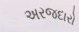
અરજદારો